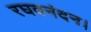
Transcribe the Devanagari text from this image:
रघवनंदन।